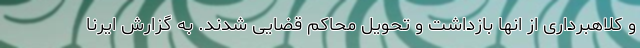
و کلاهبرداری از انها بازداشت و تحویل محاکم قضایی شدند. به گزارش ایرنا